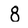
Character: 8